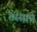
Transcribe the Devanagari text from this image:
टेस्सास